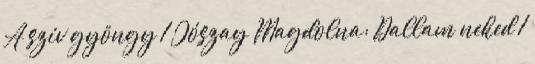
A szív gyöngy 1 Jószay Magdolna: Dallam neked 1